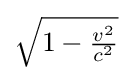
{\textstyle {\sqrt {1-{\frac {v^{2}}{c^{2}}}}}}